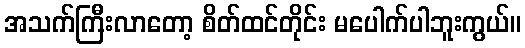
အသက်ကြီးလာတော့ စိတ်ထင်တိုင်း မပေါက်ပါဘူးကွယ်။